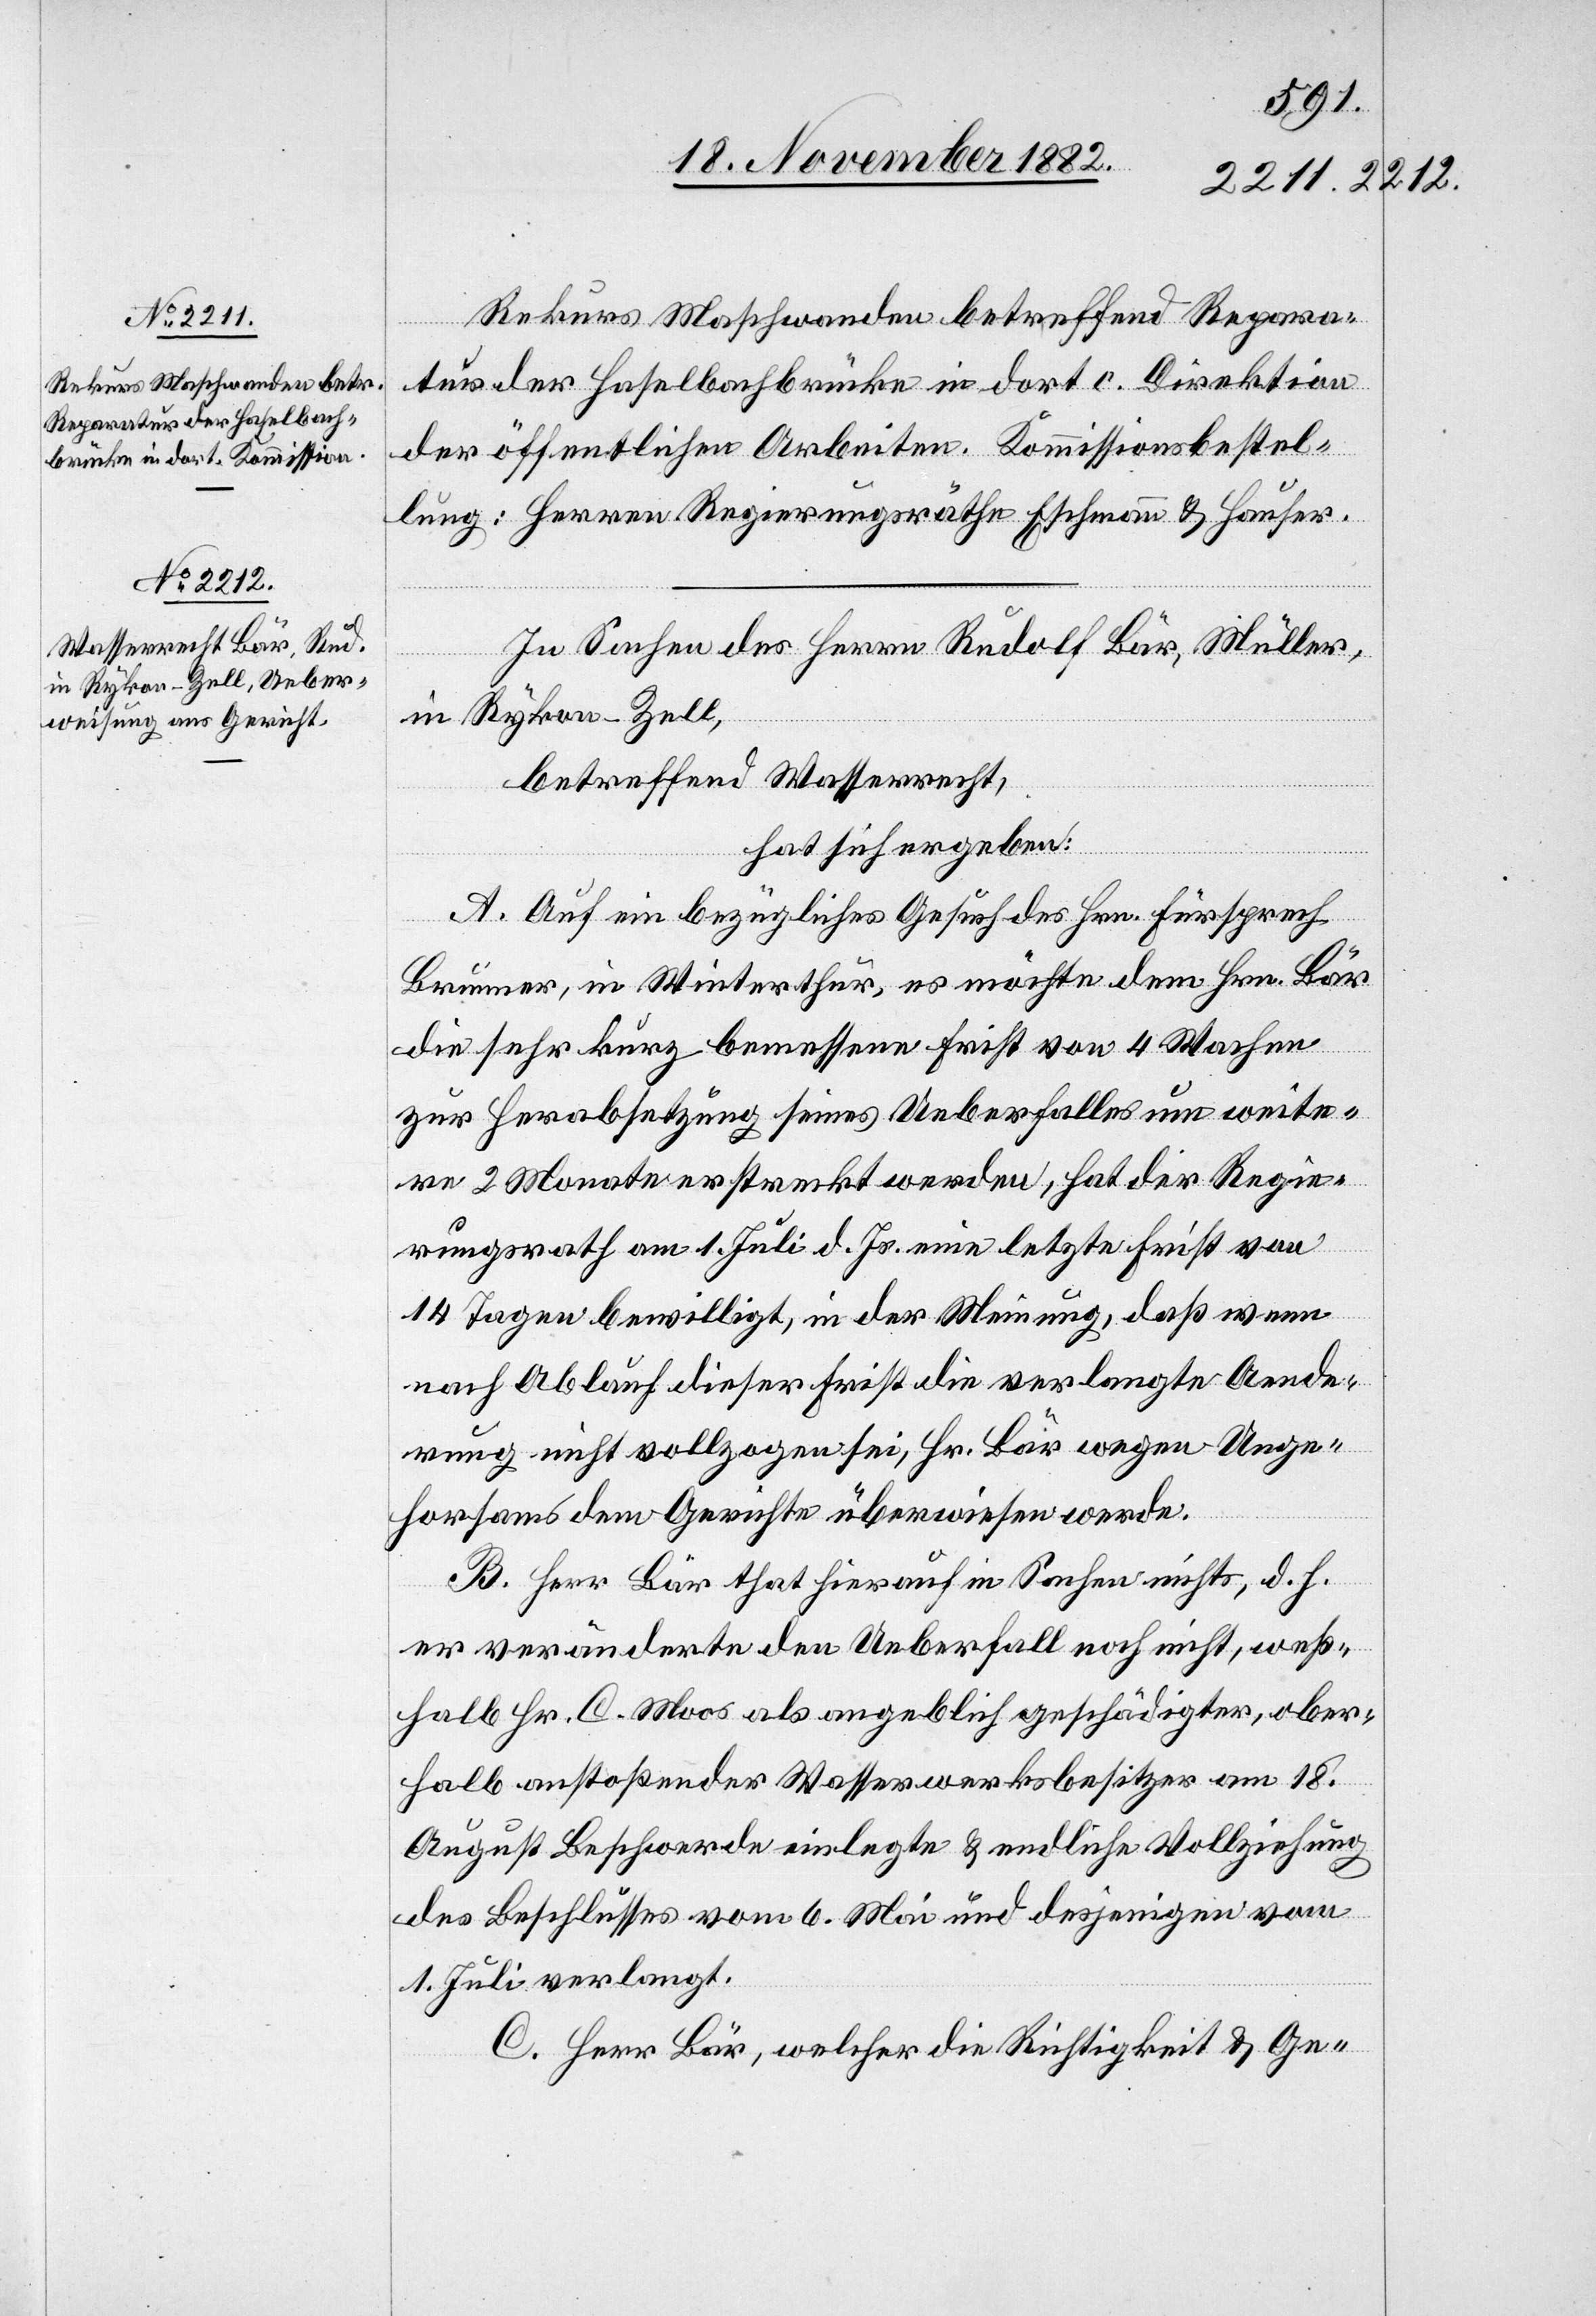
Rekurs Maschwanden betreffend Repara¬
tur der Haselbachbrücke in dort. c. Direktion
der öffentlichen Arbeiten. Kommissionsbestel¬
lung: Herren Regierungsräthe Eschmann & Hauser.
In Sachen des Herrn Rudolf Bär, Müller,
in Rykon - Zell,
betreffend Wasserrecht,
hat sich ergeben:
A. Auf ein bezügliches Gesuch des Hrn. Fürsprech
Brunner, in Winterthur, es möchte dem Hrn. Bär
die sehr kurz bemessene Frist von 4 Wochen
zur Herabsetzung seines Ueberfalles um weite¬
re 2 Monate erstreckt werden, hat der Regie¬
rungsrath am 1 Juli d. Js. eine letzte Frist von
14 Tagen bewilligt, in der Meinung, daß wenn
nach Ablauf dieser Frist die verlangte Aende¬
rung nicht vollzogen sei, Hr. Bär wegen Unge¬
horsams dem Gerichte überwiesen werde.
B. Herr Bär that hierauf in Sachen nichts, d. h.
er veränderte den Ueberfall noch nicht, weß¬
halb Hr. C. Moos als angeblich geschädigter, ober¬
halb anstoßender Wasserwerksbesitzer am 18.
August Beschwerde einlegte & endlich Vollziehung
des Beschlusses vom 6. Mai und desjenigen vom
1. Juli verlangt.
C. Herr Bär, welcher die Richtigkeit & Ge-